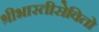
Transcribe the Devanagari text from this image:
श्रीभारतीसेवितो